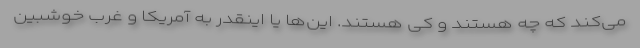
می‌کند که چه هستند و کی هستند. این‌ها یا اینقدر به آمریکا و غرب خوشبین